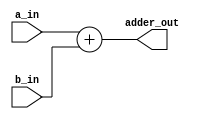
module adder(
    input [31:0] a_in,
    input [31:0] b_in,
    output [31:0] adder_out
    );
    
    assign adder_out = a_in + b_in;
    
endmodule